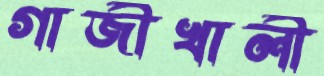
গাজীখালী